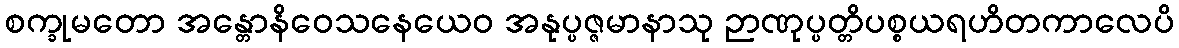
စက္ခုမတော အန္တောနိဝေသနေယေဝ အနုပ္ပဇ္ဇမာနာသု ဉာဏုပ္ပတ္တိပစ္စယရဟိတကာလေပိ